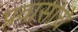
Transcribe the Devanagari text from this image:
प्रवासांचे